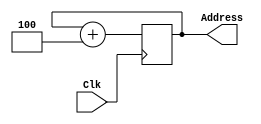
module PC(Clk,Address);
input Clk;
output reg [31:0]Address;
initial begin Address<=0; end
always@(posedge Clk)
begin 
Address <= Address + 4;
end
endmodule


module InstMem(Clk,PCaddress,WriteData/*From file!*/,ReadData,WriteEnable);

input wire Clk;
input wire[31:0]PCaddress ;
input wire[31:0]WriteData/*From file!*/;
output reg [31:0] ReadData;
parameter MemDepth = (2**8)-1;
reg [31:0] InstrucionMem [0:MemDepth];
input wire  WriteEnable;

initial begin 	//000000_10001_10010_01000_00000_100000 
		InstrucionMem[0]  <= 32'b000000_10001_10010_01000_00000_100000;//add $t0, $s0, $s1 ->t0=35
		InstrucionMem[1]  <= 32'b100011_10001_01000_0000000000011100;//lw $t0, 28($s0) ->t0=47
		InstrucionMem[2]  <= 32'b000000_01000_01000_01000_00000_100000;//add $t0,$t0,$t0 ->t0=94
		InstrucionMem[3]  <= 32'b101011_01000_01000_0000000000000000; //sw $t0,0($t0) ->t0=94
		InstrucionMem[4]  <= 32'b100011_01000_10001_0000000000000000; //lw $s0,0($t0) ->s0=94
		//InstrucionMem[5]  <= 32'b000000_10001_10001_10001_00000_100000;//add $s0,$s0,$s0
		//InstrucionMem[0]  <= 32'b101011_10010_01000_0000000000000000;//sw $t0,0($s1) 
		//InstrucionMem[1]  <= 32'b100011_00000_01000_0000000000010010;//lw $s0, 17(0)
		//InstrucionMem[2]  <= 32'b000000_01000_01000_01000_00000_100000;//add $t0,$t0,$t0
		//InstrucionMem[3]  <= 32'b101011_01000_01000_0000000000000000; //sw $t0,0($t0)
		
end


//always @(posedge Clk) begin if(WriteEnable) begin InstrucionMem[PCaddress>>2] <= WriteData;end end

always @(posedge Clk) begin ReadData <= InstrucionMem[PCaddress>>2];end //Read from InstMem @ negedge

endmodule

module FetchStage(Clk,WriteData,ReadData,WriteEnable);
input wire Clk;
input wire [31:0]WriteData;
input wire WriteEnable;
output wire [31:0]ReadData;

wire [31:0]PCaddress;
PC MyPC(Clk,PCaddress);
InstMem MyInst(Clk,PCaddress,WriteData/*From file!*/,ReadData,WriteEnable);
endmodule